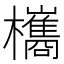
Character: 欈